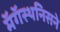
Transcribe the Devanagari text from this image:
मॅगॅस्थनिसने